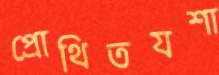
প্রোথিতযশা